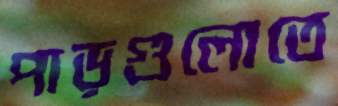
পাড়গুলোতে